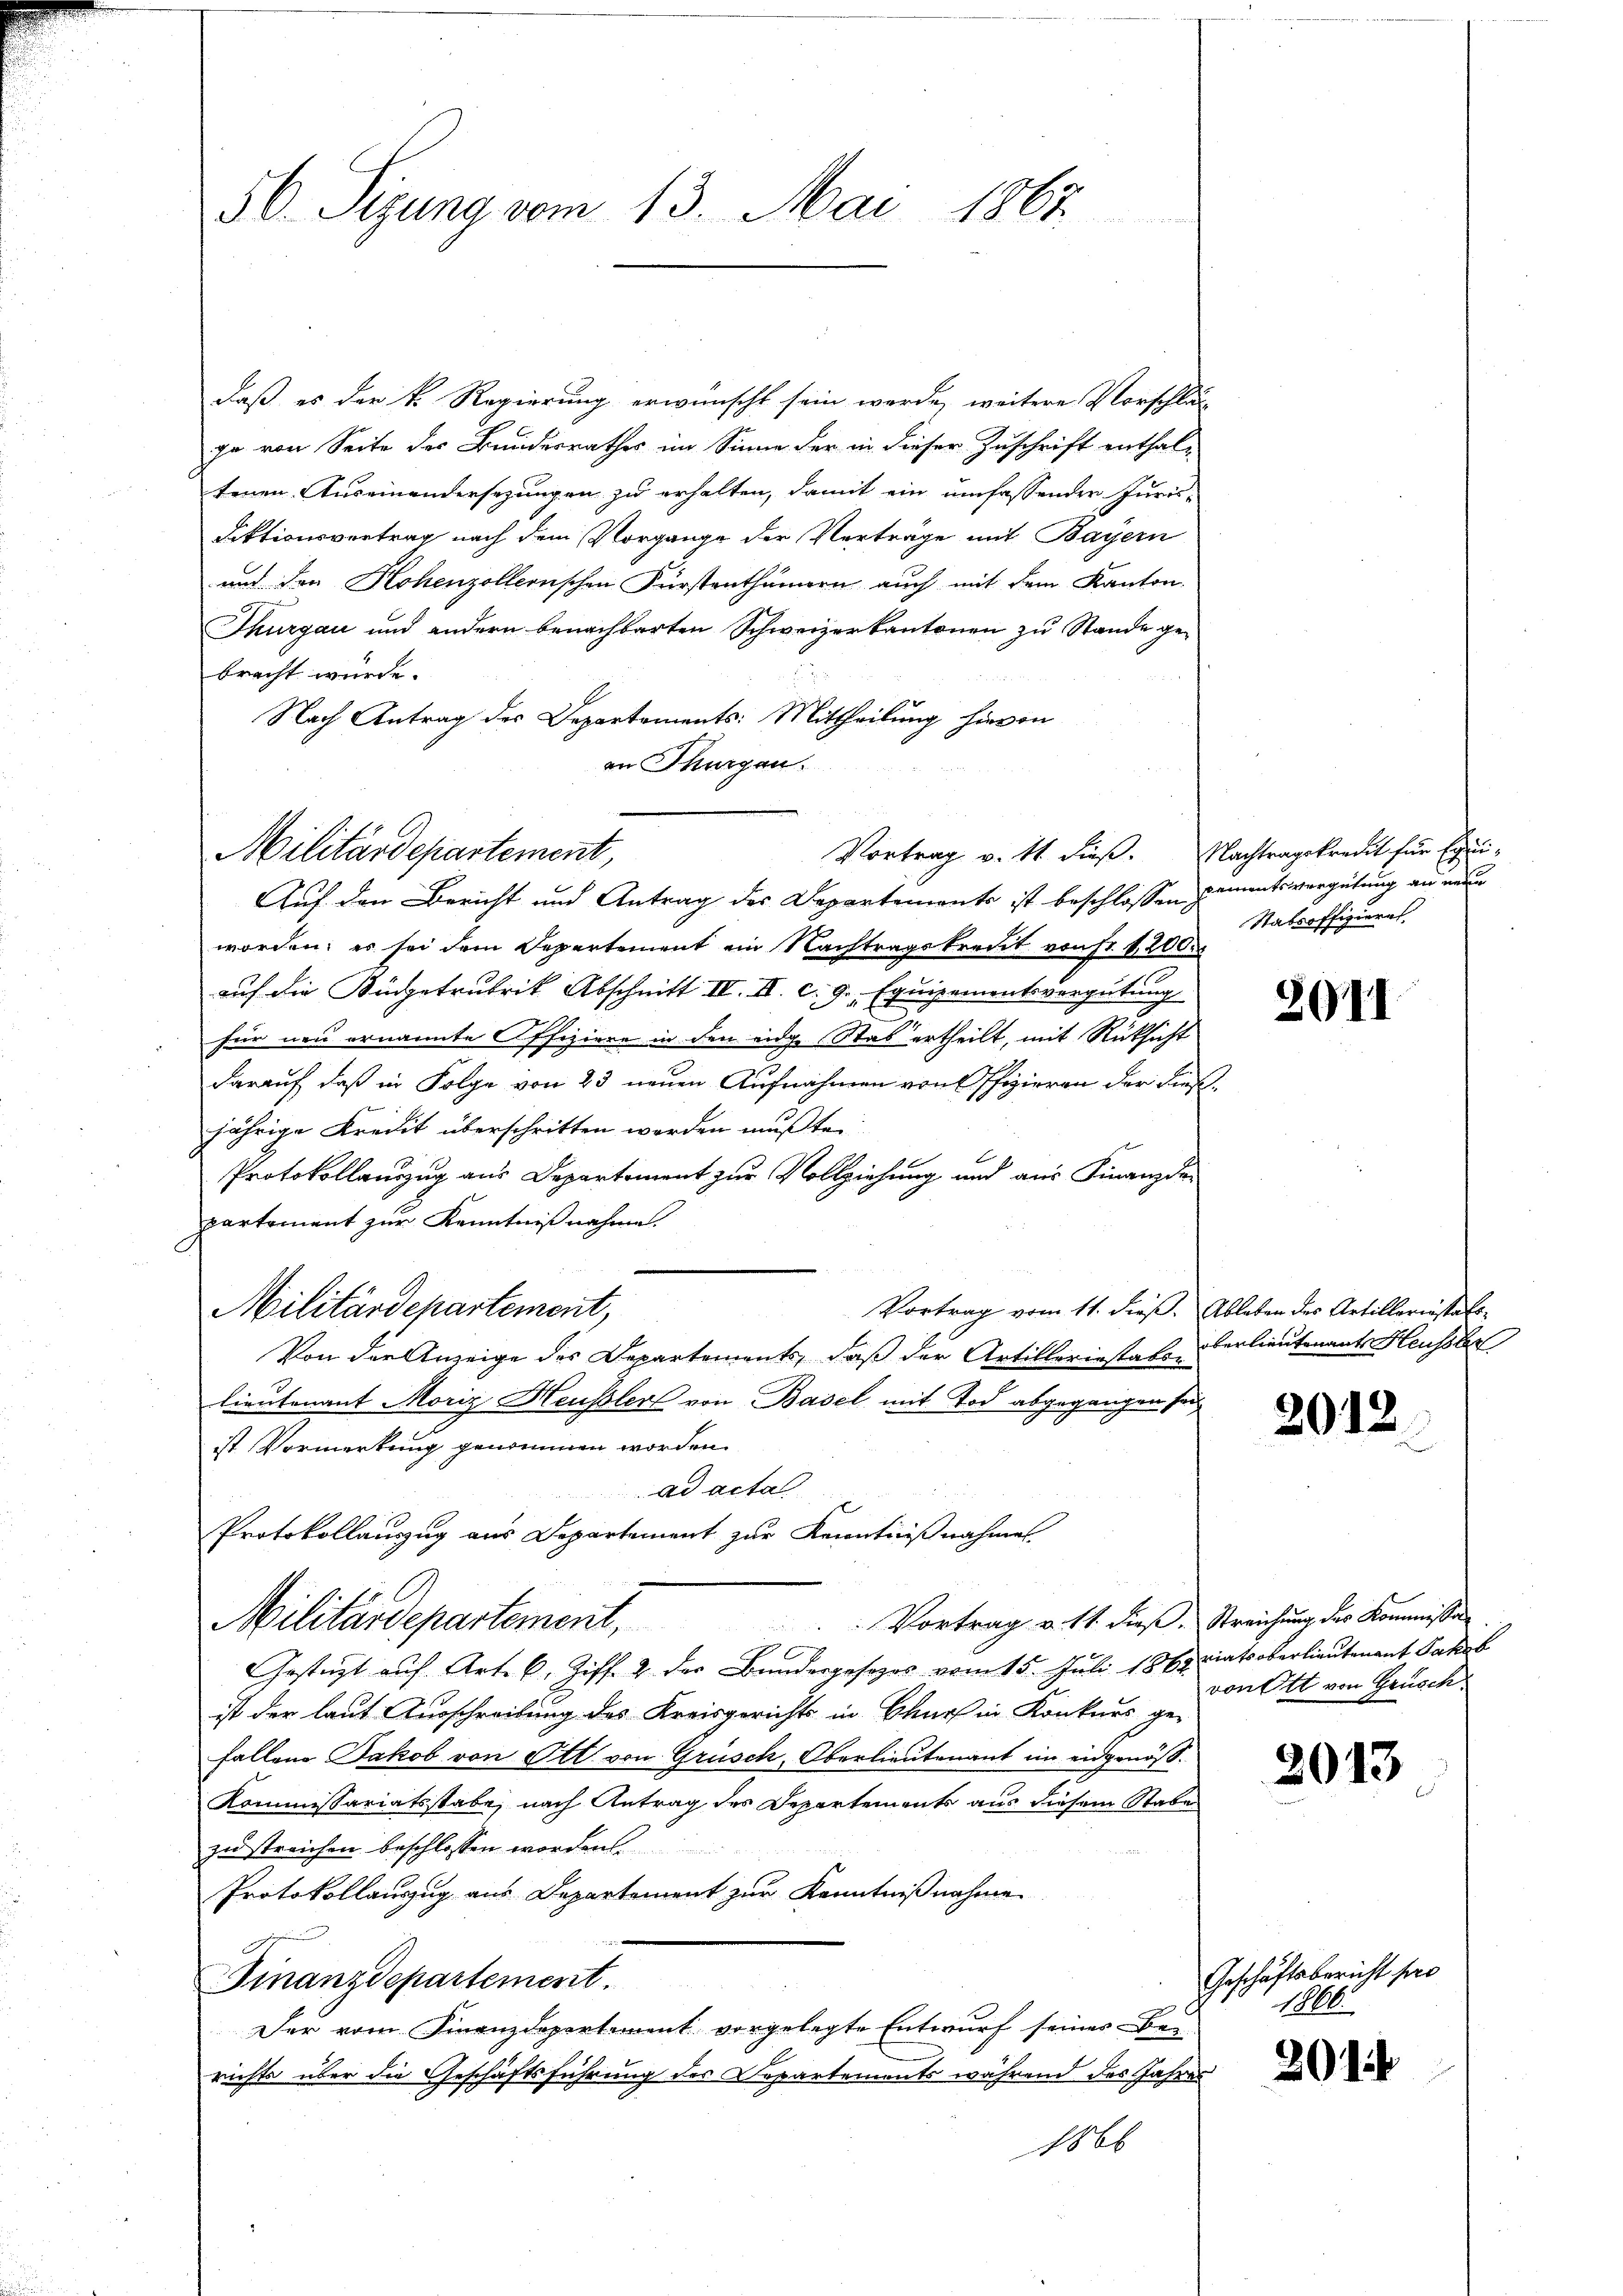
56. Sizung vom 13. Mai 1867.

daß es der k. Regierung erwünscht sein werde, weitere Vorschläs
go von Seite des Bundesrathes im Sinne der in dieser Zuschrift enthal-
tenen Auseinandersezungen zu erhalten, damit ein umfassenden Juris-
Fiktionsvertrag nach dem Vorgange der Verträge mit Bayern
und den Hohenzollernschen Fürstenthümern auch mit dem Kanton.
Thurgau und andern benachbarten Schweizerkantonen zu Stande gebracht wurde.
Nach Antrag des Departements: Mittheilung hievon
an Thurgau.
Auf den Bericht und Antrag des Departements ist beschlossen
worden; es sei dem Departement ein Nachtragskredit von Fr. 1200.
auf die Büdgetrubrik Abschnitt II. II. c. 9. Equipementsvergütung
für neu ernannte Offiziere in den eidg. Was ertheilt, mit Rücksicht
darauf, daß in Folge von 23 neuen Aufnahmen von Offizieren der dießjährige Kredit überschritten werden mußte.
Protokollauszug aus Departement zur Vollziehung und aus Finanzde
partement zur Kenntnißnahme.
Vortrag vom 11. dieß. Ableben des Artillariestals
Militärdepartement,
Von der Anzeige des Departements, daß der Artilleriestator
lieutenant Moriz Heussler von Basel mit Tod abgegangen sei,
ist Vormerkung genommen worden.
ad actal
Protokollauszug aus Departement zur Kenntnißnahmen.
Vortrag v. 14. dieß. Streichung des Kommissa
Militärdepartement,
Gestüzt auf Art. C. Ziff. 2 der Bundesgesezes vom 15. Juli 1864 iatsoberlieutenant Saches
ist der laut Ausschreibung des Kreisgerichts in Churf in Konkurs ge-
fallene Jakob von Ott von Grüsch, Oberlieutenant im eidgenöß¬
Kommissariatsstabe, nach Antrag des Departements aus diesem Stabe
zu streichen beschlossen worden.
Protokollauszug aus Departement zur Kenntnißnahme
Finanzdepartement.
Der vom Finanzdepartement vorgelegte Entwurf seines Bei
richts über die Geschäftsführung des Departements während des Jahres
1866

Militärdepartement,

Vortrag v. Ms. dieß. Nachtragskredit für Equi-

pementsvergütung an neue
Stabsoffizieres

2011

überlieutenant Heussbe

2012.

von Ott von Grusch.

2013

Geschäftsbericht pro
1866.

2014